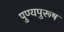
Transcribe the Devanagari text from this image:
पुण्यपुरूष